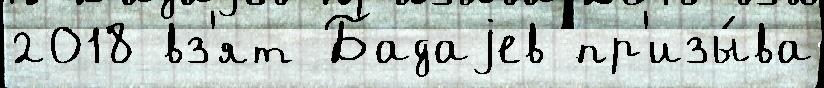
2018 вз'ят Бадаjев пр'изы́ва